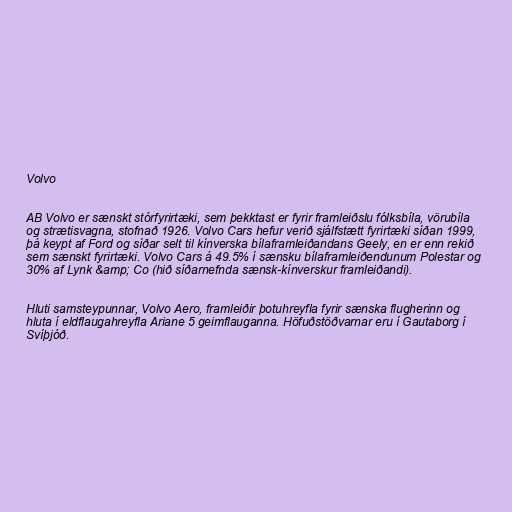
Volvo

AB Volvo er sænskt stórfyrirtæki, sem þekktast er fyrir framleiðslu fólksbíla, vörubíla
og strætisvagna, stofnað 1926. Volvo Cars hefur verið sjálfstætt fyrirtæki síðan 1999,
þá keypt af Ford og síðar selt til kínverska bílaframleiðandans Geely, en er enn rekið
sem sænskt fyrirtæki. Volvo Cars á 49.5% í sænsku bílaframleiðendunum Polestar og
30% af Lynk &amp; Co (hið síðarnefnda sænsk-kínverskur framleiðandi).

Hluti samsteypunnar, Volvo Aero, framleiðir þotuhreyfla fyrir sænska flugherinn og
hluta í eldflaugahreyfla Ariane 5 geimflauganna. Höfuðstöðvarnar eru í Gautaborg í
Svíþjóð.